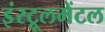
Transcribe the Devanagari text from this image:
इंस्ट्रूलमेंटल